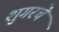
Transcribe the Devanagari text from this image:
शुगरचे